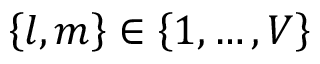
\left\{ l , m \right\} \in \left\{ 1 , \ldots , V \right\}